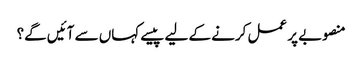
منصوبے پر عمل کرنے کے لیے پیسے کہاں سے آئیں گے؟